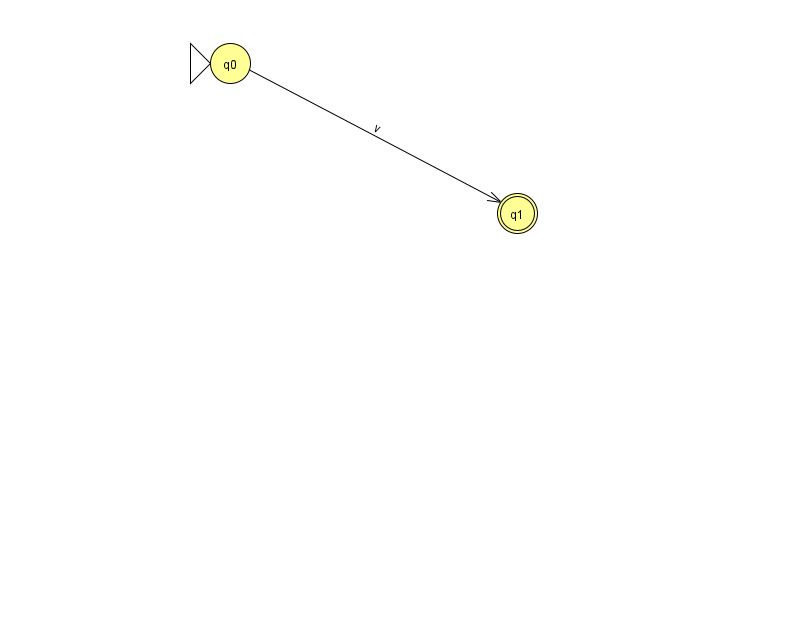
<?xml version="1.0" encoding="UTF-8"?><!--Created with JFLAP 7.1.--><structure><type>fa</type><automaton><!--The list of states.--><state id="0" name="q0"><x>230.0</x><y>50.0</y><initial/></state><state id="1" name="q1"><x>517.0</x><y>200.0</y><final/></state><!--The list of transitions.--><transition><from>0</from><to>1</to><read>v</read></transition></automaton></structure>